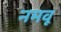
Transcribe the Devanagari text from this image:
नमवू